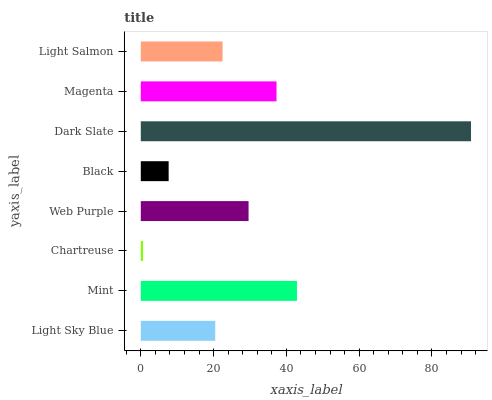
| yaxis_label | bars |
 | --- | --- |
 | Light Sky Blue | 20.5 |
 | Mint | 42.9 |
 | Chartreuse | 0.607 |
 | Web Purple | 29.6 |
 | Black | 7.66 |
 | Dark Slate | 90.7 |
 | Magenta | 37.3 |
 | Light Salmon | 22.5 |